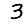
Digit: 3